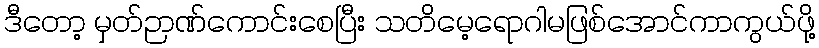
ဒီတော့ မှတ်ဉာဏ်ကောင်းစေပြီး သတိမေ့ရောဂါမဖြစ်အောင်ကာကွယ်ဖို့